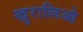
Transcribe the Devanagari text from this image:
खुरालिओ